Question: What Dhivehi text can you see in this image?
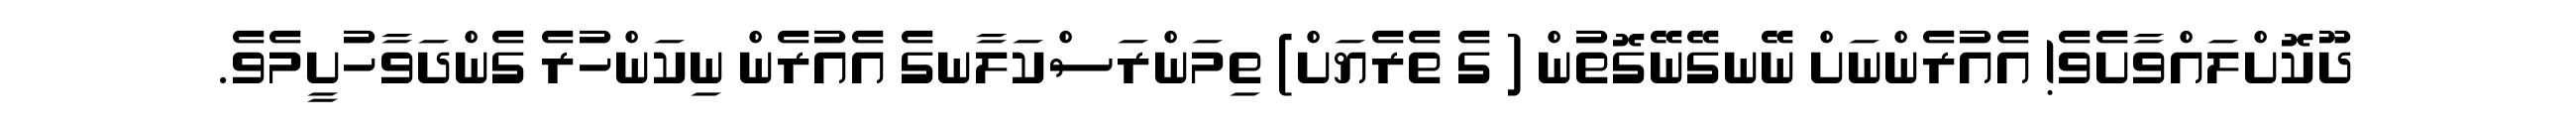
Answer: ދޫކޮށްލައްވާށެވެ! އެއުރެންނަށް ނޭނގޭނޭގޮތުން ( ގެ ތެރެޔަށް) ތިމަންރަސްކަލާނގެ އެއުރެން ނިކަންހުރެ ގެންދަވާހުށީމެވެ.